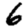
Digit: 6